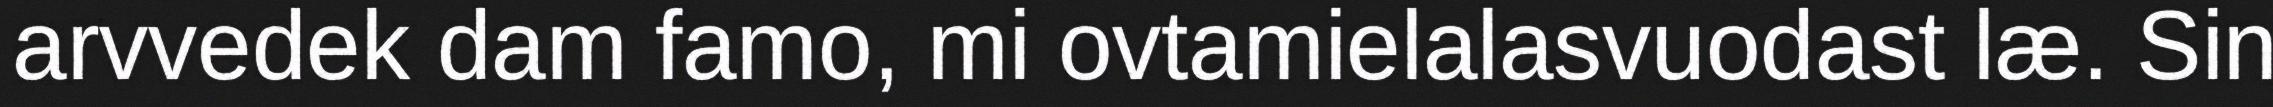
arvvedek dam famo, mi ovtamielalasvuodast læ. Sin